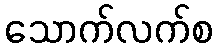
သောက်လက်စ